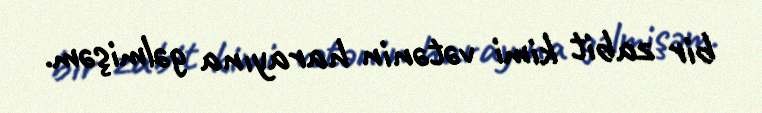
bir zabit kimi vətənin harayına gəlmişəm.